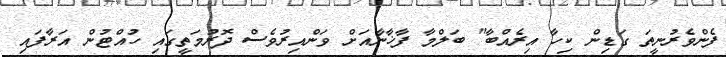
ފެންވެރުނީތަ ގަޑިން ކިހާ އިރެއްބާ" ބަލްމާ ފާޚާނާއަށް ވަންއިރުވެސް ދޮރުމަތީގައި ހުއްޓުން އަރާފައި